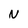
Character: N